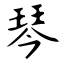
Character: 琴